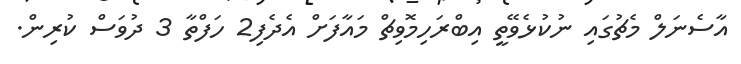
އާސެނަލް މެޗުގައި ނުކުޅެވޭތީ އިބްރަހިމޮވިޗް މައާފަށް އެދެފި2 ހަފްތާ 3 ދުވަސް ކުރިން.